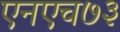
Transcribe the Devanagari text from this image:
एनएच७३